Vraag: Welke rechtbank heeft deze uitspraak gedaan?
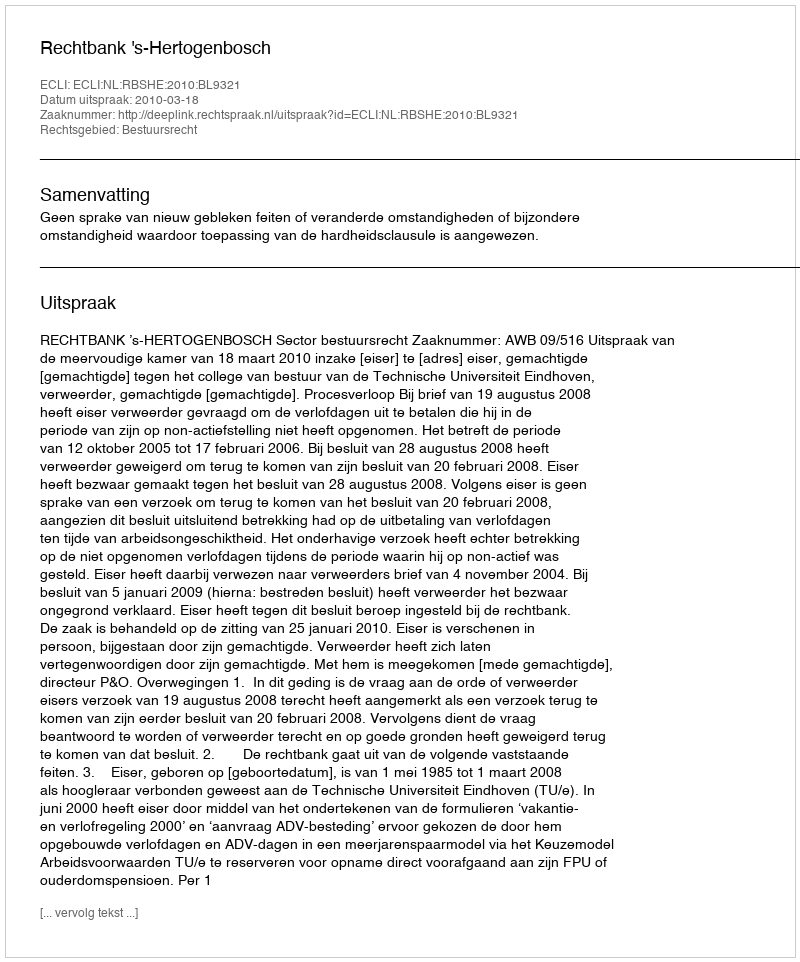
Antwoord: Rechtbank 's-Hertogenbosch